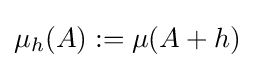
\mu _{h}(A):=\mu (A+h)